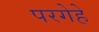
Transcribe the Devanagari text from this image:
परगेहे